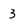
Character: 3